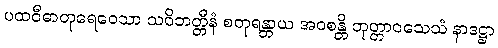
ပထဝီဓာတုရေဝေသာ သဝိဘတ္တီနံ စတုရန္တာယ အဝစန္တိ ဘုတ္တာဝသေသံ နာဒဋ္ဌာ